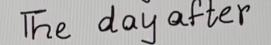
The day after